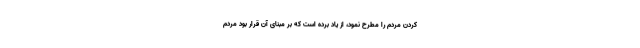
کردن مردم را مطرح نمود، از یاد برده است که بر مبنای آن قرار بود مردم